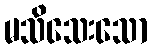
မသိသေးသော